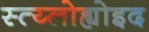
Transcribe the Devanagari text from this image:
स्त्य्लोह्योइद